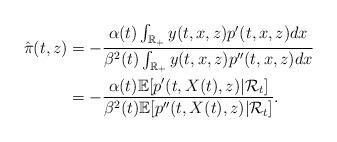
LaTeX: \begin{align*}\hat{\pi}(t,z)&=-\frac{\alpha(t)\int_{\mathbb{R}_+}y(t,x,z)p'(t,x,z)dx}{\beta^2(t)\int_{\mathbb{R}_+} y(t,x,z)p''(t,x,z)dx}\\&=-\frac{\alpha(t)\mathbb{E}[p'(t,X(t),z)|\mathcal{R}_t]}{\beta^2(t)\mathbb{E}[p''(t,X(t),z)|\mathcal{R}_t]}.\end{align*}